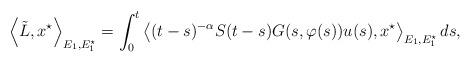
LaTeX: \begin{align*} \left<\tilde{L},x^\star\right>_{E_1,E_1^\star} = \int_0^t \left<(t-s)^{-\alpha}S(t-s)G(s,\varphi(s))u(s),x^\star\right>_{E_1,E_1^\star}ds, \end{align*}